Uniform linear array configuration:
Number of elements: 64
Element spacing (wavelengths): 0.5
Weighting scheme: kaiser
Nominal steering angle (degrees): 60
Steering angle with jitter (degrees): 58.272
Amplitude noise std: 0.05
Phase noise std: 0.05

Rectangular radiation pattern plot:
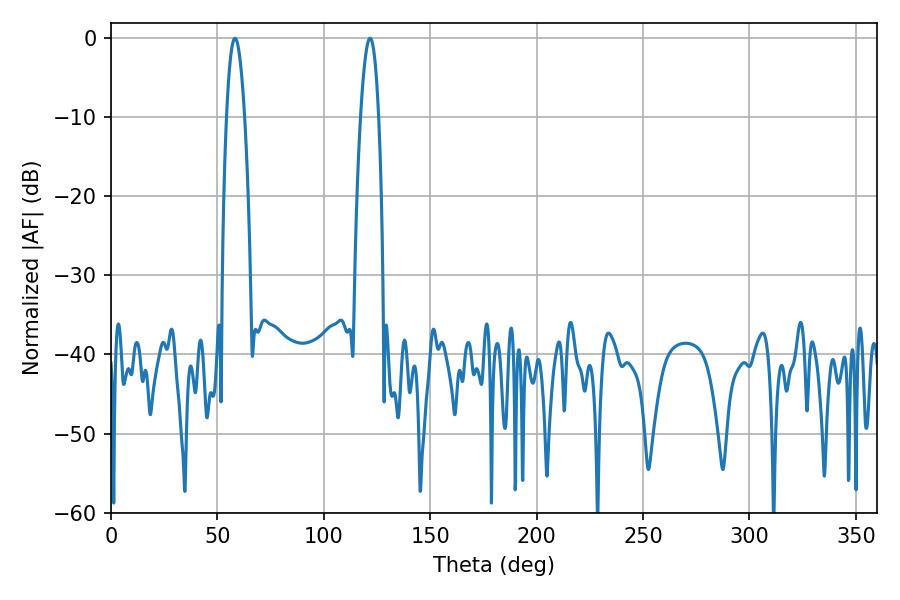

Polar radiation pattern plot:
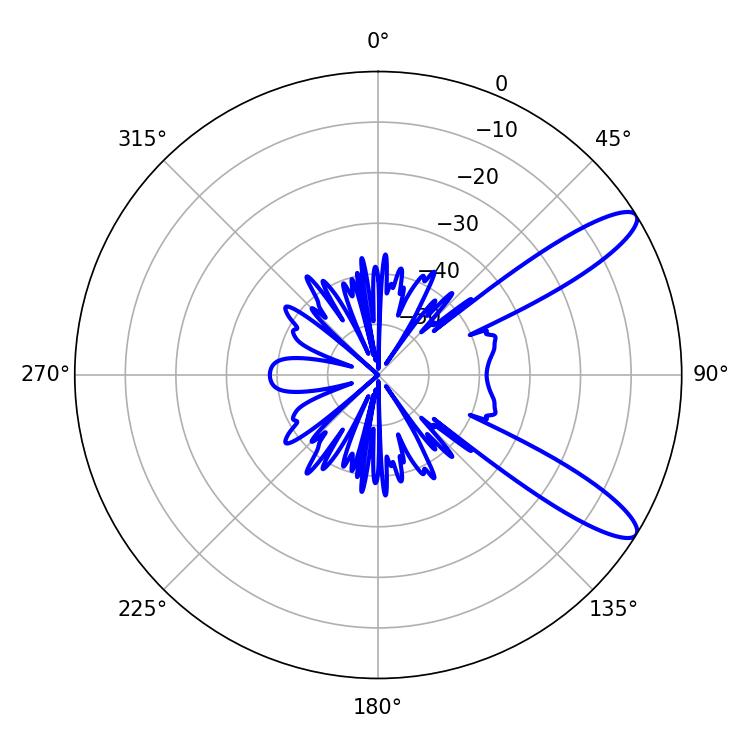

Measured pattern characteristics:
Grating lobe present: FALSE
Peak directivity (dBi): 11.237
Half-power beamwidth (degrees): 4.68
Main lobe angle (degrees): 58.32